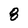
Character: 8